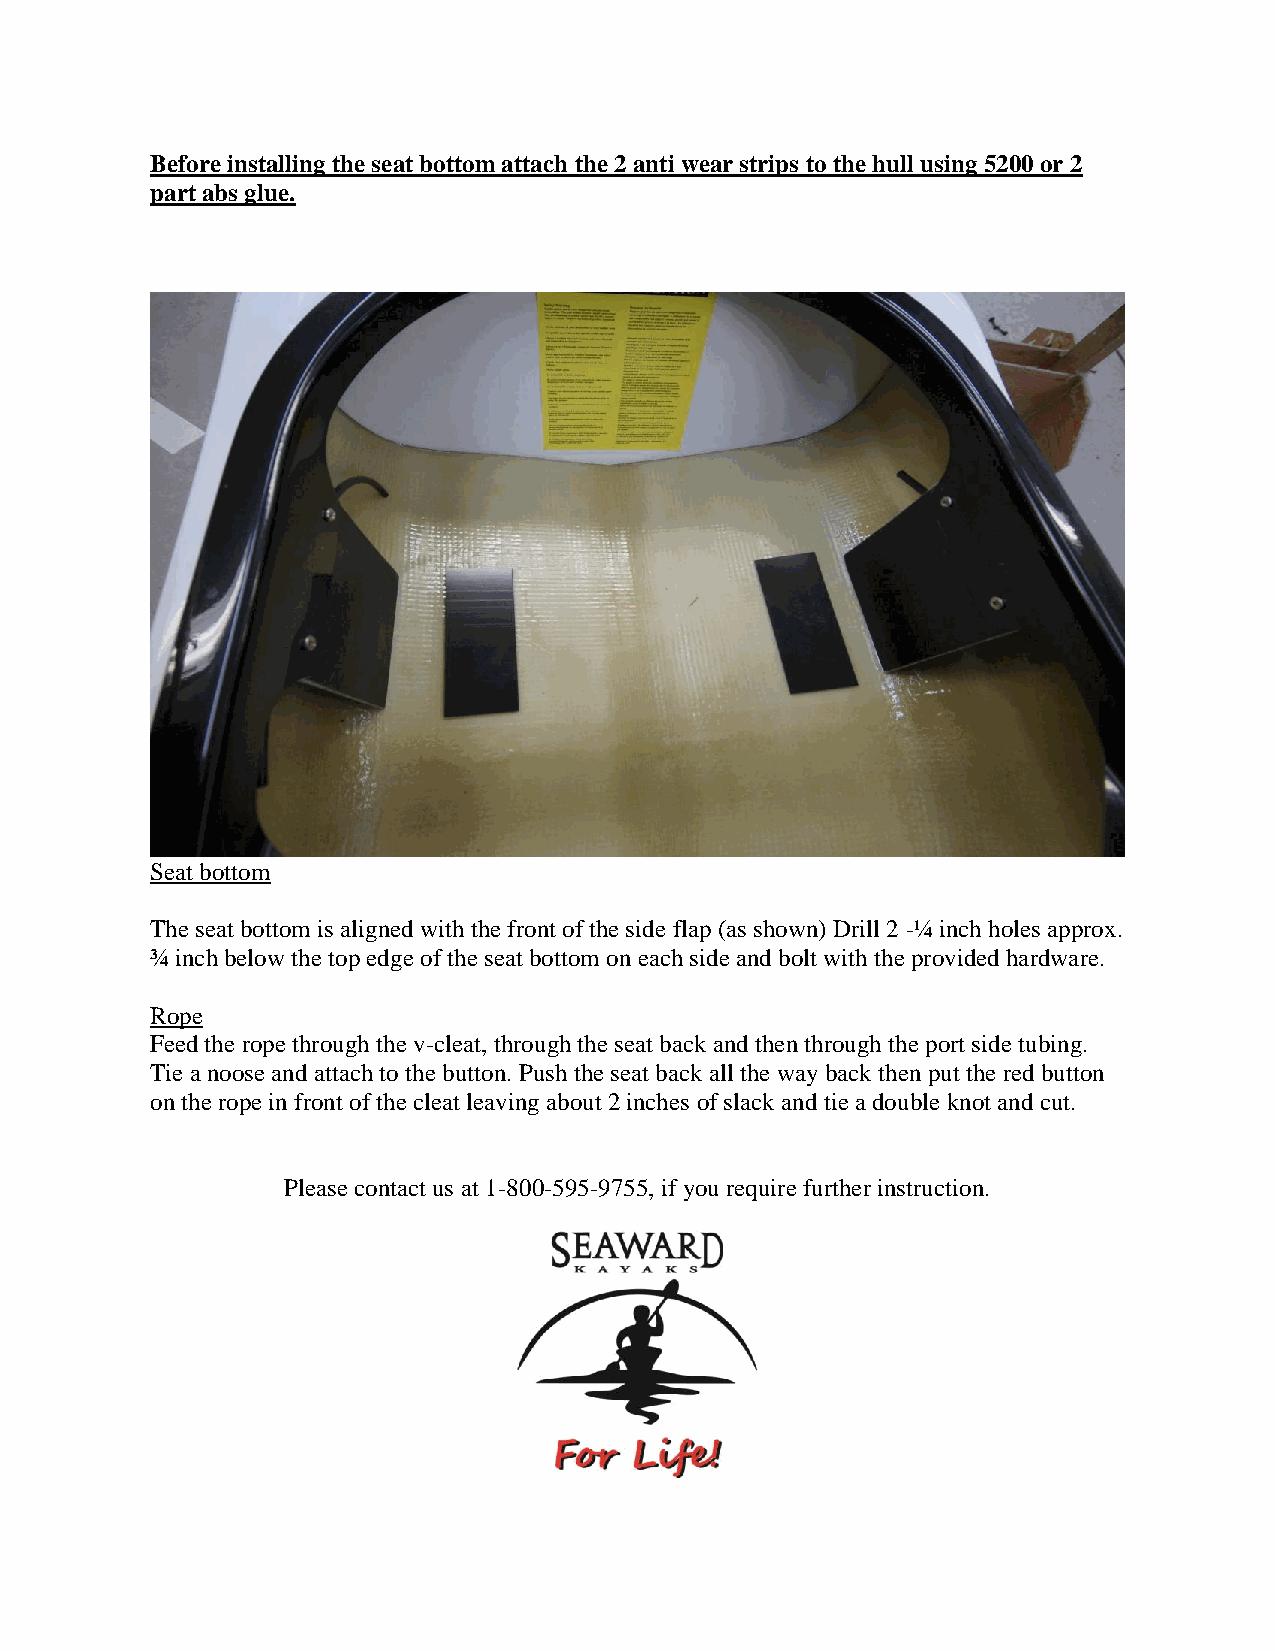
Before installing the seat bottom attach the 2 anti wear strips to the hull using 5200 or 2
 part abs glue.
 Seat bottom
 The seat bottom is aligned with the front of the side flap (as shown) Drill 2 -¼ inch holes approx.
 ¾ inch below the top edge of the seat bottom on each side and bolt with the provided hardware.
 Rope
 Feed the rope through the v-cleat, through the seat back and then through the port side tubing.
 Tie a noose and attach to the button. Push the seat back all the way back then put the red button
 on the rope in front of the cleat leaving about 2 inches of slack and tie a double knot and cut.
 Please contact us at 1-800-595-9755, if you require further instruction.